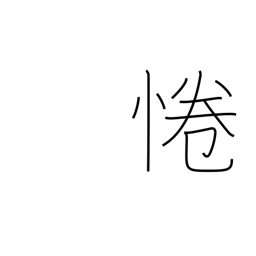
Meaning: be respectful